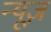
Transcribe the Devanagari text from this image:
न्‍यूज़